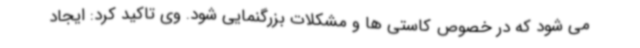
می شود که در خصوص کاستی ها و مشکلات بزرگنمایی شود. وی تاکید کرد: ایجاد